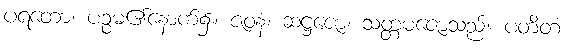
ပရတော၊ ပဉ္စမ၏နောက်၌။ ဇဝနံ၊ ဆဋ္ဌဇော၊ သတ္တမဇောသည်။ ပတိတံ